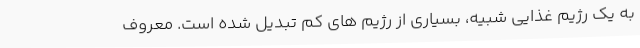
به یک رژیم غذایی شبیه، بسیاری از رژیم های کم تبدیل شده است. معروف